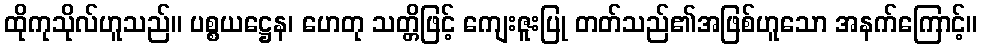
ထိုကုသိုလ်ဟူသည်။ ပစ္စယဋ္ဌေန၊ ဟေတု သတ္တိဖြင့် ကျေးဇူးပြု တတ်သည်၏အဖြစ်ဟူသော အနက်ကြောင့်။